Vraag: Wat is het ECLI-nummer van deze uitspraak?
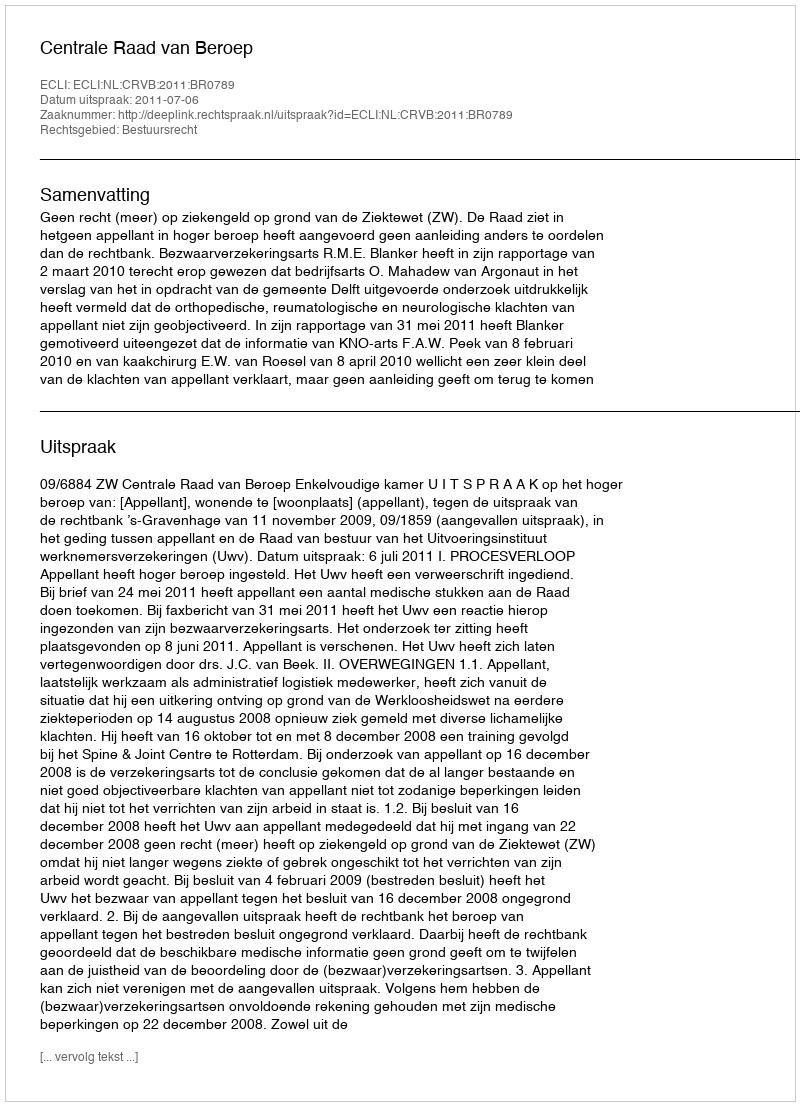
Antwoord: ECLI:NL:CRVB:2011:BR0789